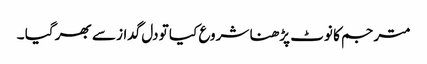
مترجم کا نوٹ پڑھنا شروع کیا تو دل گداز سے بھر گیا ۔